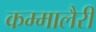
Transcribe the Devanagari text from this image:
कम्मालैरी